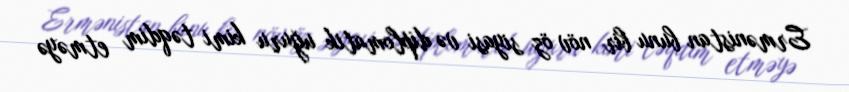
Ermənistan bunu bir növ öz siyasi və diplomatik uğuru kimi təqdim etməyə